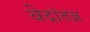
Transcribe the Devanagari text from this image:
वेदांतज्ञ